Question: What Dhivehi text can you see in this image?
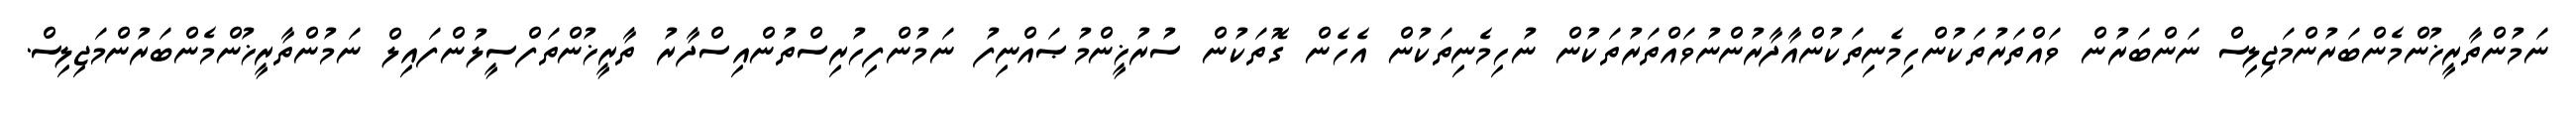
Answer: ނަމުންތާރީޚުންމެންބަރުންމަޖިލިސް ނަންބަރުން ވައްތަރުތަކުންހިމެނިތަކުންއާދާރުންނުވައްތަރުތަކުން ނުހިމެނިތަކުން އެހެން ގޮތަކުން ސުރުޚީންމުޞައްނިފު ނަމުންފިހުރިސްތުންއިސްދާރު ތާރީޚުންތަފްސީލުންފައިލް ނަމުންތާރީޚުންމެންބަރުންމަޖިލިސް.